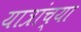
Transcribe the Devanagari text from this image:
यात्रांच्या